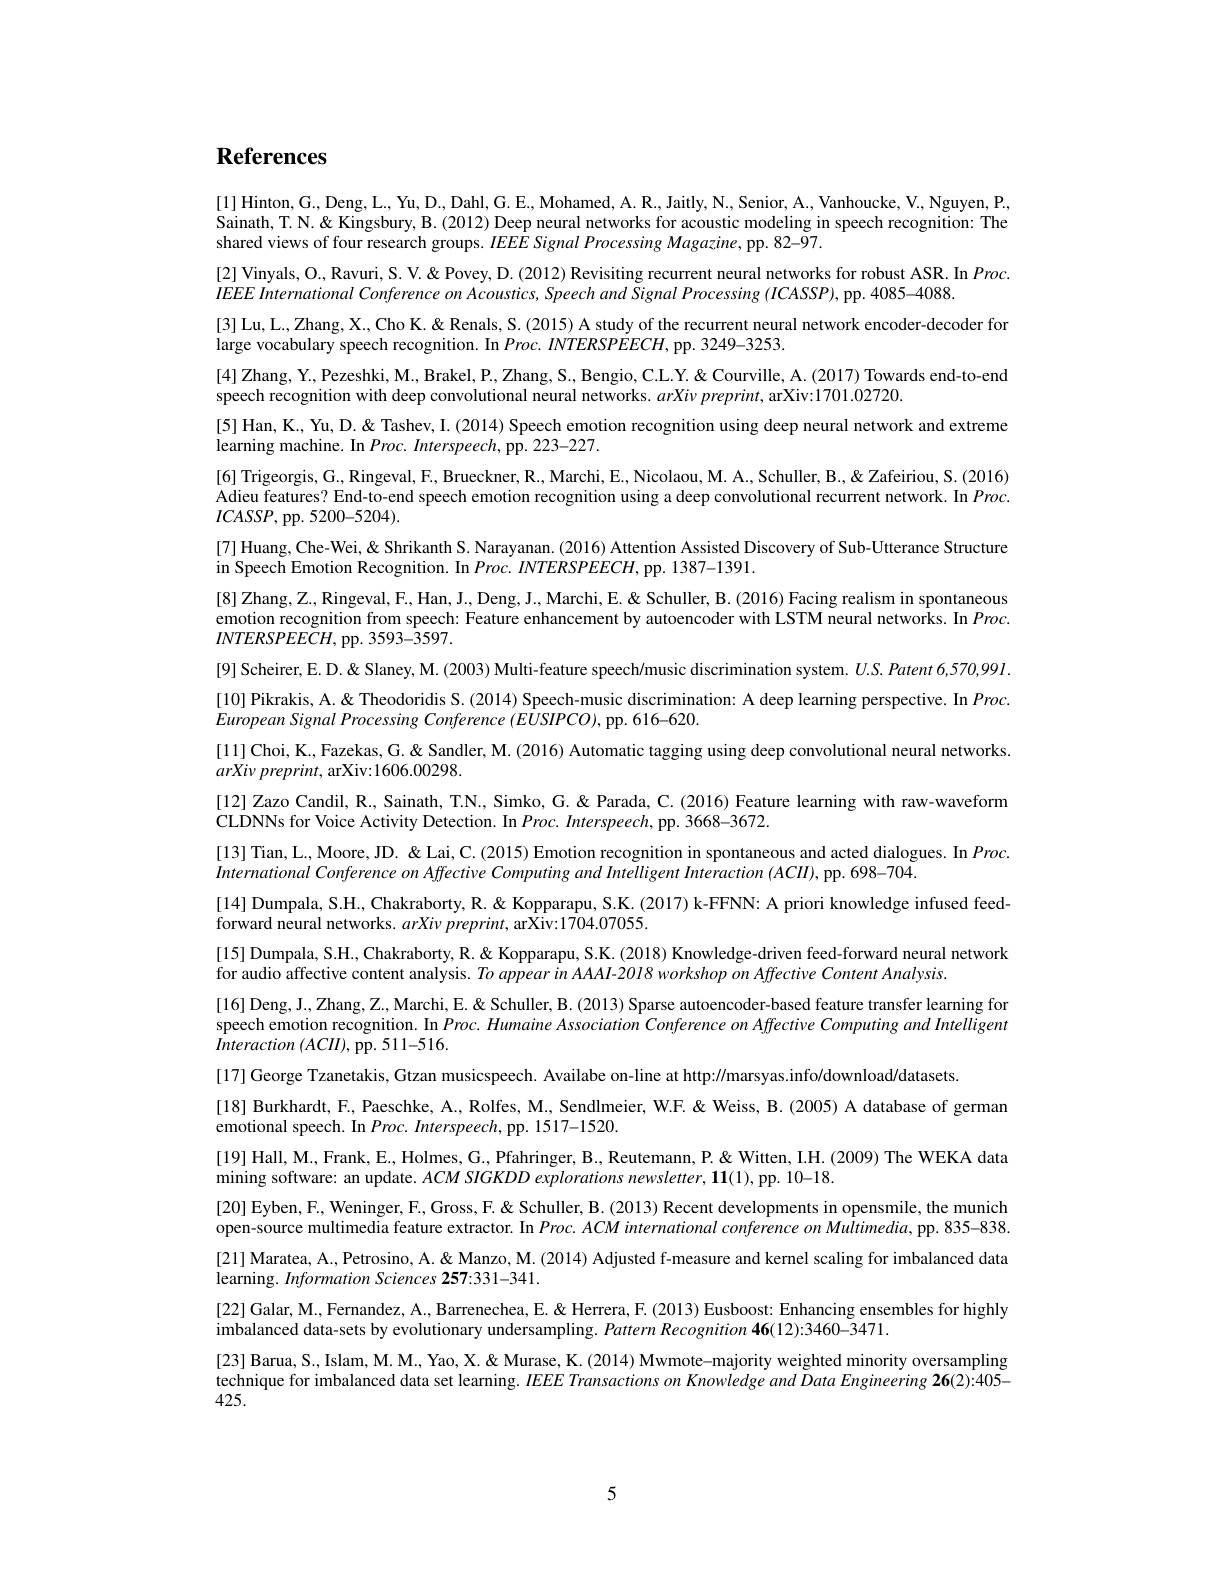
# References

[1] Hinton, G., Deng, L., Yu, D., Dahl, G. E., Mohamed, A. R., Jaitly, N., Senior, A., Vanhoucke, V., Nguyen, P., $\text{Sainath, T. N. \" {N}. \" {Q}. Kingsbury, B. ( 2012) Deep neural networks for acoustic modeling in speech recognition: The}$ chard virancof four rouraob orrurab orrural networks for acoustic modeling in speech recognition: The chard virancof four raoorb orrur shared views of four research groups. IEEESignal Processing Magazine, pp. 82-97.
[2] Vinyals, O., Ravuri, S. V. " " V. " Povey, D. (2012) Revisiting recurrent neural networks for robust ASR. In $Proc.$
$IEEE$ International Conference on Acoustics, Speech and Signal Processing (ICASSP), pp. 4085-4088.
[3] Lu, L.., Zhang, X., Cho K. & Renals, S. (2015) A study of the recurrent neural network encoder-decoder for
large vocabulary speech recognition. In $Proc. \textit{INTERSPEECH, pp. 3249- 3253. }$
[4] Zhang, Y., Pezeshki, M., Brakel, P., Zhang, S., Bengio, C.L. Y. & Courville, A. (2017) Towards end-to-end
speech recognition with deep convolutional neural networks. $arXi\nu \textit{preprint, arXiv: 1701. 02720}$
[5] Han, K., Yu, D. & Tashev, I. (2014) Speech emotion recognition using deep neural network and extreme
learning machine. In Proc. Interspeech, pp. 223-227.
[6] Trigeorgis, G.,Ringeval,F., Brueckner$, \textbf{R}. $,Marchi,E.,Nicolaou,M. A.,Schuller, B$..,\&$Zafeiriou, S.(2016) Adieu features? End-to-end speech emotion recognition using a deep convolutional recurrent network. In $Proc.$ $ICASSP$, pp. 5200-5204).
[7] Huang, Che-Wei, & Shrikanth S. Narayanan. (2016) Attention Assisted Discovery of Sub-Utterance Structure
in Speech Emotion Recognition. In $Proc.INTERSPEECH$, pp. 1387-1391.
[8] Zhang$,\mathbb{Z}.$,Ringeval$,\mathbb{F}.$,Han,J..,Deng,J.,Marchi,E.&Schuller, B.(2016) Facing realism in spontaneous emotion recognition from speech: Feature enhancement by autoencoder with LSTM neural networks. In Proc $INTERSPEE\bar{C}H$, pp. 3593-3597.
[9] Scheirer, E. D. & Slaney, M. (2003) Multi-feature speech/music discrimination system. $U.S.Patent~6,570,991.$ [10]Pikrakis, A. & Theodoridis S. (2014) Speech-music discrimination: A deep learning perspective. In $Proc.$ European Signal Processing Conference (EUSIPCO), pp. 616-620.
[11] Choi, K., Fazekas, G. & Sandler, M. (2016) Automatic tagging using deep convolutional neural networks
$arXiv\textit{ preprint, arXiv: 1606. 00298. }$
[12] Zazo Candil, R., Sainath, T.N., Simko, G. & Parada, C. (2016) Feature learning with raw-waveform
CLDNNs for Voice Activity Detection. In $Proc. \textit{Interspeech, pp. 3668- 3672. }$
[13] Tian, L., Moore, JD. & Lai, C. (2015) Emotion recognition in spontaneous and acted dialogues. In $Proc.$
International Conference on Affective Computing and Intelligent Interaction (ACII), pp. 698-704.
[14] Dumpala, S.H., Chakraborty, R. & Kopparapu, S.K.(2017) k-FFNN: A priori knowledge infused feed-
forward neural networks. $arXivpreprint$, arXiv:1704.07055.
[15] Dumpala, S.H., Chakraborty, R. & Kopparapu, S.K. (2018) Knowledge-driven feed-forward neural network
for audio affective content analysis. $To\textit{ appear in AAAI- 20I8 workshop on Affective Content Analysis. }$
[16] Deng, J., Zhang, Z., Marchi, E. & Schuller, B. (2013) Sparse autoencoder-based feature transfer learning for speech emotion recognition. In Proc. Humaine Association Conference on Affective Computing and Intelligent $Interaction\left(ACII\right)$,pp. 511-516.
[17] George Tzanetakis, Gtzan musicspeech. Availabe on-line at http://marsyas.info/download/datasets.
[18] Burkhardt, F., Paeschke, A., Rolfes, M., Sendlmeier, W.F.& Weiss, B. (2005) A database of german
emotional speech. In Proc. Interspeech, pp. 1517-1520.
[19] Hall, M., Frank, E., Holmes, G., Pfahringer, B., Reutemann, P. & Witten, I.H. (2009) The WEKA data
mining software: an update. $ACM$ SIGKDD explorations newsletter, 11(1), pp. 10-18
[20] Eyben, F., Weninger, F., Gross, F. & Schuller, B. (2013) Recent developments in opensmile, the munich open-source multimedia feature extractor. In $Proc.ACM$ international conference on Multimedia, pp. 835-838. [21] Maratea, A., Petrosino, A. & Manzo, M. (2014) Adjusted f-measure and kernel scaling for imbalanced data learning. Information Sciences 257:331-341.
[22] Galar, M., Fernandez, A., Barrenechea, E. & Herrera, F. (2013) Eusboost: Enhancing ensembles for highly
imbalanced data-sets by evolutionary undersampling. Pattern Recognition 46(12):3460-3471.
[23] Barua, S., Islam, M. M., Yao, X. & Murase, K. (2014) Mwmote-majority weighted minority oversampling technique for imbalanced data set learning. $IEEE\textit{Transactions on Knowledge and Data Engineering 26( 2) : 405- }$ 425.

5